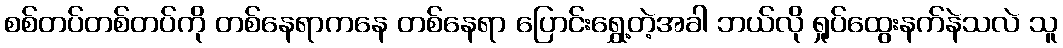
စစ်တပ်တစ်တပ်ကို တစ်နေရာကနေ တစ်နေရာ ပြောင်းရွှေ့တဲ့အခါ ဘယ်လို ရှုပ်ထွေးနက်နဲသလဲ သူ